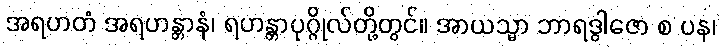
အရဟတံ အရဟန္တာနံ၊ ရဟန္တာပုဂ္ဂိုလ်တို့တွင်။ အာယသ္မာ ဘာရဒွါဇော စ ပန၊